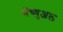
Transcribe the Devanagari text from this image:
मॅच्युअल